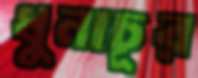
ধুনাচূর